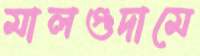
মালগুদামে